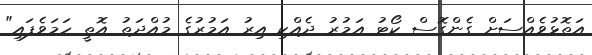
އަތޮޅުވެއްސަށް ގެންގޮސް ކޯޓު އަމުރު ދެއްކި އިރު އަމުރުގެ މުއްދަތު އޮތީ ހަމަވެފައި"